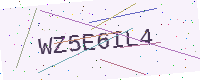
Text: WZ5E6IL4